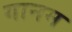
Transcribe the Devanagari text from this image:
गानम